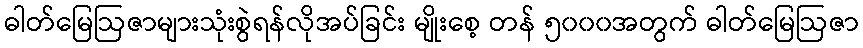
ဓါတ်မြေဩဇာများသုံးစွဲရန်လိုအပ်ခြင်း မျိုးစေ့ တန် ၅၀၀၀အတွက် ဓါတ်မြေဩဇာ